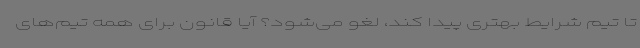
تا تیم شرایط بهتری پیدا کند، لغو می‌شود؟ آیا قانون برای همه تیم‌های